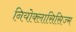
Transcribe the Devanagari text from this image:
नियोक्लासिसिज्म